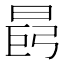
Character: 𪰩